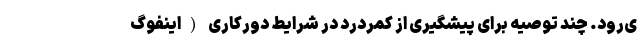
ی‌رود. چند توصیه‌ برای پیشگیری از کمردرد در شرایط دورکاری (اینفوگ